Scottish Certificate of Education, 1962
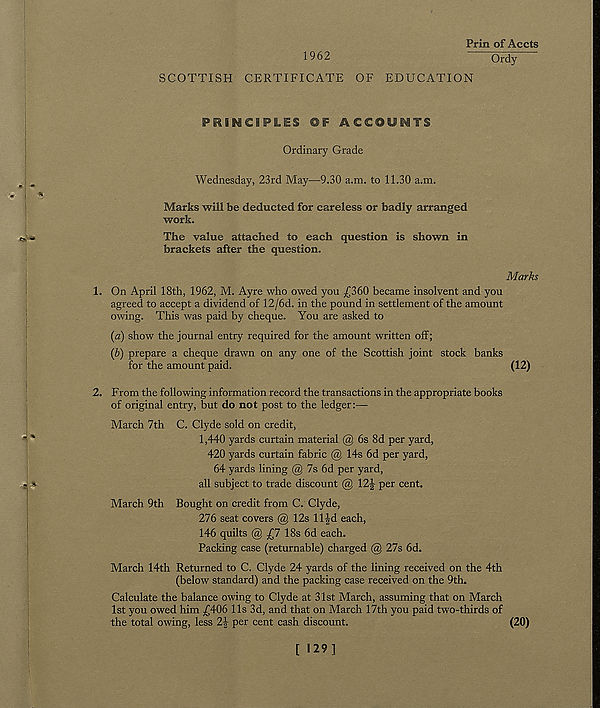
1962
Prin of Accts
Ordy
SCOTTISH CERTIFICATE OF EDUCATION
PRSMCiPLES ©F ACCOUNTS
Ordinary Grade
Wednesday, 23rd May—9.30 a.m. to 11.30 a.m.
Marks will be deducted for careless or badly arranged
work.
The value attached to each question is shown in
brackets after the question.
Marks
1. On April 18th, 1962, M. Ayre who owed you ^360 became insolvent and you
agreed to accept a dividend of 12/6d. in the pound in settlement of the amount
owing. This was paid by cheque. You are asked to
(a) show the journal entry required for the amount written off;
{b) prepare a cheque drawn on any one of the Scottish joint stock banks
for the amount paid.
(12)
2. From the following information record the transactions in the appropriate books
of original entry, but do not post to the ledger:—
March 7th C. Clyde sold on credit,
1,440 yards curtain material @ 6s 8d per yard,
420 yards curtain fabric @ 14s 6d per yard,
64 yards lining @ 7s 6d per yard,
all subject to trade discount @ 12-|- per cent.
March 9th Bought on credit from C. Clyde,
276 seat covers @ 12s ll|d each,
146 quilts @ £7 18s 6d each.
Packing case (returnable) charged @ 27s 6d.
March 14th Returned to C. Clyde 24 yards of the lining received on the 4th
(below standard) and the packing case received on the 9th.
Calculate the balance owing to Clyde at 31st March, assuming that on March
1st you owed him ,£406 11s 3d, and that on March 17th you paid two-thirds of
the total owing, less 2\ per cent cash discount.
(20)
[ 129]